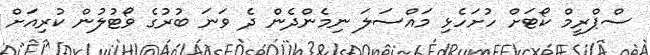
ސްޕްރީމް ކޯޓަށް ހުށަހެޅި މައްސަލަ ނިމެންދެން ދެ ވަނަ ބުރުގެ ވޯޓުލުން ކުރިއަށް